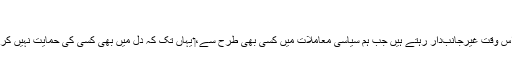
‏
ہم اُس وقت غیرجانب‌دار رہتے ہیں جب ہم سیاسی معاملات میں کسی بھی طرح سے،‏ یہاں تک کہ دل میں بھی کسی کی حمایت نہیں کرتے۔